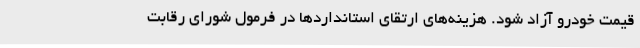
قیمت خودرو آزاد شود. هزینه‌های ارتقای استانداردها در فرمول شورای رقابت